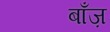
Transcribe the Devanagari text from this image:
बाँज़